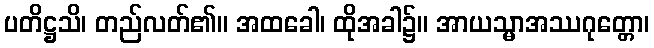
ပတိဋ္ဌသိ၊ တည်လတ်၏။ အထခေါ၊ ထိုအခါ၌။ အာယသ္မာအဿဂုတ္တော၊